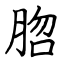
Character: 脗